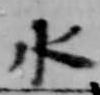
水